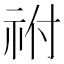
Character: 祔